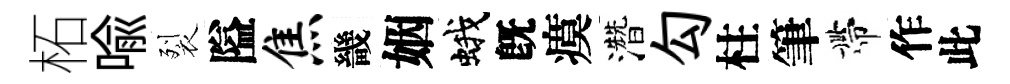
柘喩裂隘焦畿姻蛾旣瘼濳勾柱筆帶作此